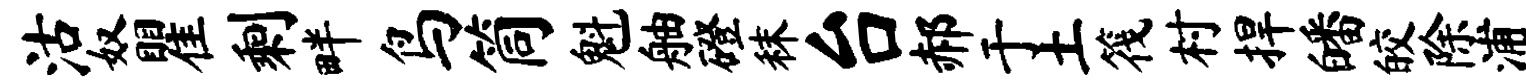
沽奴瞿剩畔鸟筒魁舳磴秣台郝于土筏村捍皤皎除浦